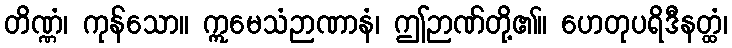
တိဏ္ဏံ၊ ကုန်သော။ ဣမေသံဉာဏာနံ၊ ဤဉာဏ်တို့၏။ ဟေတုပရိဒီနတ္ထံ၊